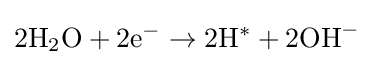
2\mathrm {H} _{2}\mathrm {O} +2\mathrm {e} ^{-}\rightarrow 2\mathrm {H} ^{*}+2\mathrm {OH} ^{-}